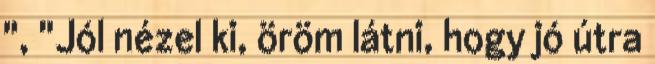
", "Jól nézel ki, öröm látni, hogy jó útra